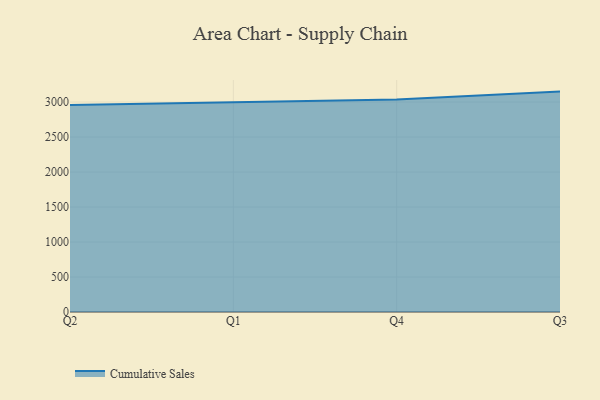
{"axis": {"x": "Quarter", "y": "Market Share (%)"}, "legend": ["Cumulative Sales"], "data": [{"x": "Q2", "y": 2958.1, "type": "Cumulative Sales"}, {"x": "Q1", "y": 2998.7, "type": "Cumulative Sales"}, {"x": "Q4", "y": 3037.0, "type": "Cumulative Sales"}, {"x": "Q3", "y": 3149.4, "type": "Cumulative Sales"}]}